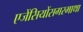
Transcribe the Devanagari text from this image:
एजेंसियोंसगरमाथा